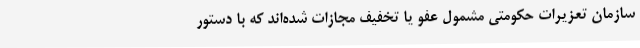
سازمان تعزیرات حکومتی مشمول عفو یا تخفیف مجازات شده‌اند که با دستور